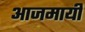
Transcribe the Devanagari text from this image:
आजमायी